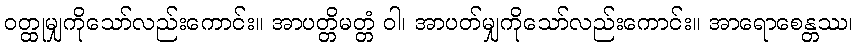
ဝတ္ထုမျှကိုသော်လည်းကောင်း။ အာပတ္တိမတ္တံ ဝါ၊ အာပတ်မျှကိုသော်လည်းကောင်း။ အာရောစေန္တဿ၊